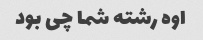
اوه رشته شما چی بود